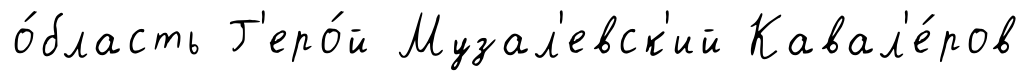
о́бласть Г'еро́й Музал'евск'ий Кавал'е́ров